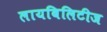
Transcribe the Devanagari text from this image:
लायबिलिटीज